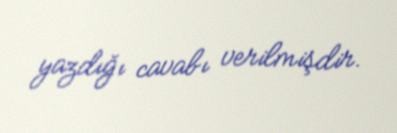
yazdığı cavabı verilmişdir.